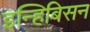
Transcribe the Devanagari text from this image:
इन्हिबिसन